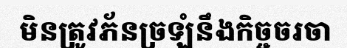
មិនត្រូវភ័នច្រឡំនឹងកិច្ចចរចា